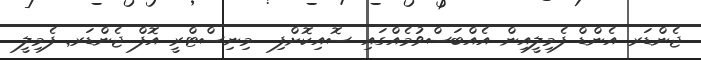
ޖެންޑަރ އެންޑް ފެމިލީއިން އެއްބަސްވުމެއްގައި ސޮއިކޮށްފި  މިނިސްޓްރީ އޮފް ޖެންޑަރ